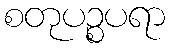
စတုပဉ္စပရာ